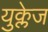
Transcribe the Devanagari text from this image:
युक्लेज